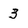
Character: 3